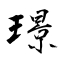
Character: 璟